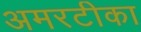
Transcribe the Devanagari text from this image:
अमरटीका